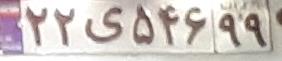
۲۲ی۵۴۶۹۹